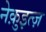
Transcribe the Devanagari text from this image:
नेक़ुइत्ज़